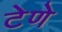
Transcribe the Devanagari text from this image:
टेणे